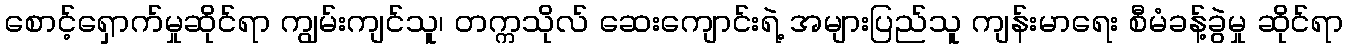
စောင့်ရှောက်မှုဆိုင်ရာ ကျွမ်းကျင်သူ၊ တက္ကသိုလ် ဆေးကျောင်းရဲ့ အများပြည်သူ ကျန်းမာရေး စီမံခန့်ခွဲမှု ဆိုင်ရာ